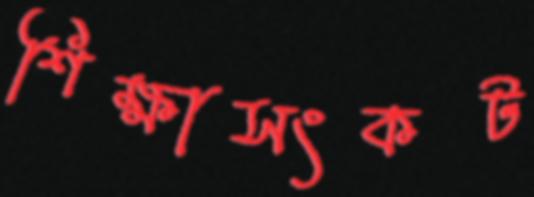
শিক্ষাসংকট